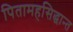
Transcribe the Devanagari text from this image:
पितामहसिद्धान्त